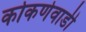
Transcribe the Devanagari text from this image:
कोकणेवाडी